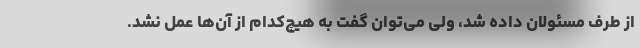
از طرف مسئولان داده شد، ولی می‌توان گفت به هیچ‌کدام از آن‌ها عمل نشد.